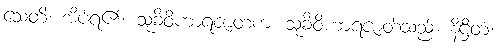
သေတိ၊ အိပ်ရ၏။ သုခိဝိဟာရဇာတကံ၊ သုခိဝိဟာရဇာတ်သည်။ နိဋ္ဌိတံ၊